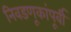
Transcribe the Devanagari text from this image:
निवडणूकांपूर्वी